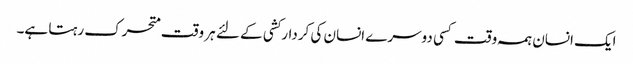
ایک انسان ہمہ وقت کسی دوسرے انسان کی کردارکشی کے لئے ہر وقت متحرک رہتا ہے۔